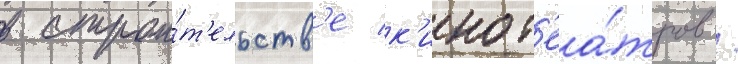
в строи́т'ельств'е к'инот'еа́тров /